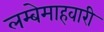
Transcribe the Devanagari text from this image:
लम्बेमाहवारी